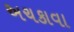
અચકાવા